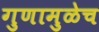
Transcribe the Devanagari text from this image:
गुणामुळेच